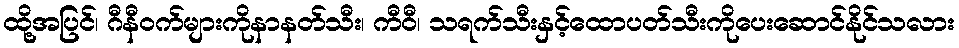
ထို့အပြင်၊ ဂီနီဝက်များကိုနာနတ်သီး၊ ကီဝီ၊ သရက်သီးနှင့်ထောပတ်သီးကိုပေးဆောင်နိုင်သလား